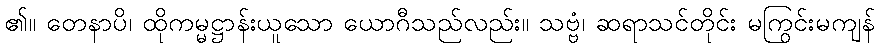
၏။ တေနာပိ၊ ထိုကမ္မဋ္ဌာန်းယူသော ယောဂီသည်လည်း။ သဗ္ဗံ၊ ဆရာသင်တိုင်း မကြွင်းမကျန်